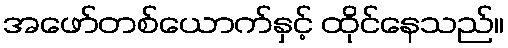
အဖော်တစ်ယောက်နှင့် ထိုင်နေသည်။